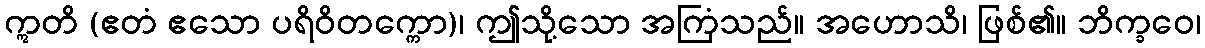
ဣတိ (ဧတံ ဧသော ပရိဝိတက္ကော)၊ ဤသို့သော အကြံသည်။ အဟောသိ၊ ဖြစ်၏။ ဘိက္ခဝေ၊